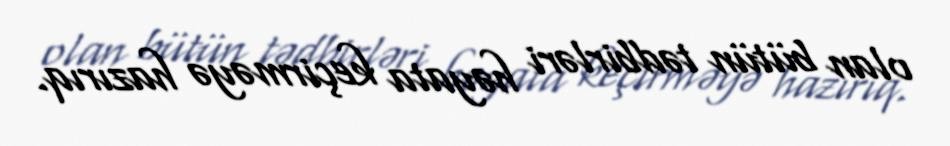
olan bütün tədbirləri həyata keçirməyə hazırıq.